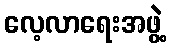
လေ့လာရေးအဖွဲ့